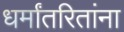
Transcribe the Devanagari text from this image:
धर्मांतरितांना